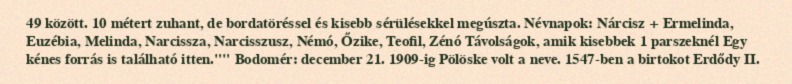
49 között. 10 métert zuhant, de bordatöréssel és kisebb sérülésekkel megúszta. Névnapok: Nárcisz + Ermelinda, Euzébia, Melinda, Narcissza, Narcisszusz, Némó, Őzike, Teofil, Zénó Távolságok, amik kisebbek 1 parszeknél Egy kénes forrás is található itten."" Bodomér: december 21. 1909-ig Pölöske volt a neve. 1547-ben a birtokot Erdődy II.